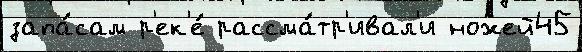
запа́сам р'ек'е́ рассма́тр'ивал'и ножей45